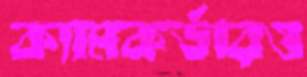
ক্যামকর্ডারও